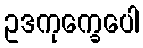
ဥဒကုက္ခေပေါ